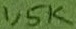
Text: 1,5K